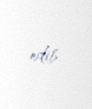
edib.